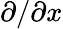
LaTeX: \partial/\partial x